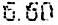
6.60